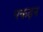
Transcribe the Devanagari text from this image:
पकड़न